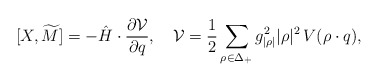
\begin{align*} [X, \widetilde{M}]= -\hat{H}\cdot{\partial{\cal V}\over{\partial q}},\quad {\cal V}={1\over2}\sum_{\rho\in\Delta_+} {g_{|\rho|}^{2} |\rho|^{2}} \,V(\rho\cdot q),\end{align*}